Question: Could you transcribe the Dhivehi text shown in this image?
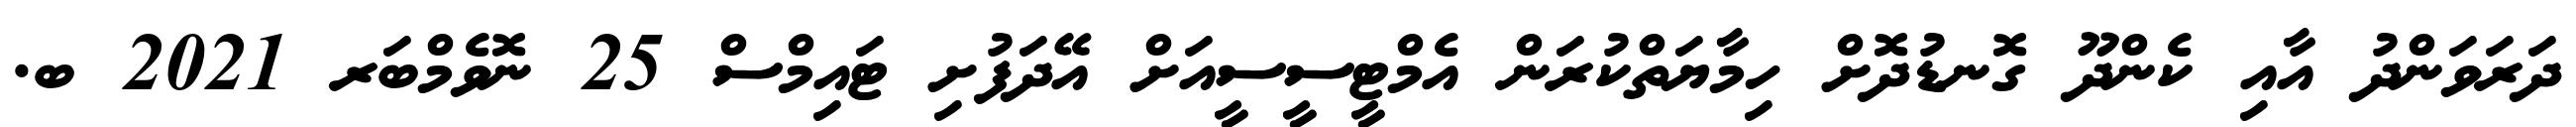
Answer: ދަރަވަންދު އާއި ކެންދޫ ގޮނޑުދޮށް ހިމާޔަތްކުރަން އެމްޓީސީސީއަށް އޭދަފުށި ޓައިމްސް 25 ނޮވެމްބަރ 2021 ބ.